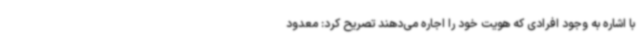
با اشاره به وجود افرادی که هویت خود را اجاره می‌دهند تصریح کرد: معدود